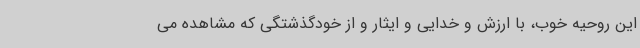
این روحیه خوب، با ارزش و خدایی و ایثار و از خودگذشتگی که مشاهده می